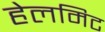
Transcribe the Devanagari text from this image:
हेलमिट